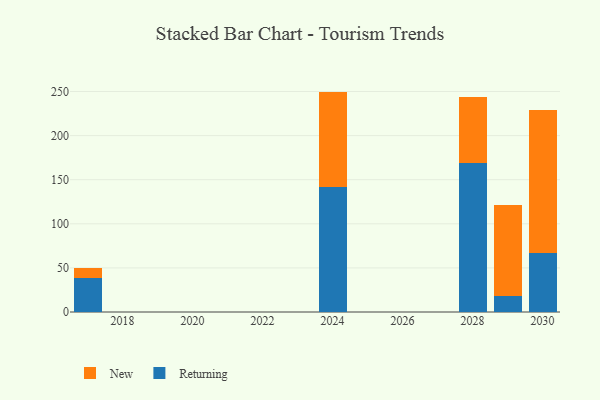
{"axis": {"x": "Year", "y": "Website Visitors"}, "legend": ["New", "Returning"], "data": [{"x": "2024", "y": 141.9, "type": "Returning"}, {"x": "2024", "y": 108.0, "type": "New"}, {"x": "2030", "y": 67.4, "type": "Returning"}, {"x": "2030", "y": 161.6, "type": "New"}, {"x": "2028", "y": 169.3, "type": "Returning"}, {"x": "2028", "y": 74.8, "type": "New"}, {"x": "2017", "y": 38.7, "type": "Returning"}, {"x": "2017", "y": 11.0, "type": "New"}, {"x": "2029", "y": 18.7, "type": "Returning"}, {"x": "2029", "y": 102.2, "type": "New"}]}